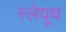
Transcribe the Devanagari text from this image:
स्लेयूथ